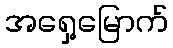
အရှေ့မြောက်